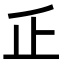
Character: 𠂛